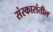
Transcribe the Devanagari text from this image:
संस्कारांतील